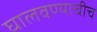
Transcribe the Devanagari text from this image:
घालवण्याचीच